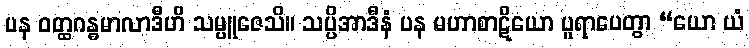
ပန ဝတ္ထဂန္ဓမာလာဒီဟိ သမ္ပူဇေသိ။ သပ္ပိအာဒီနံ ပန မဟာစာဋိယော ပူရာပေတွာ “ယော ယံ